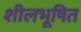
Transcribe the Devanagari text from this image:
शीलभूषित